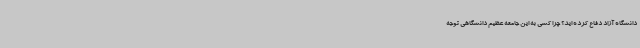
دانشگاه آزاد دفاع کرده اید؟ چرا کسی به این جامعه عظیم دانشگاهی توجه